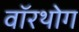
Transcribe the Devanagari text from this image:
वॉरथोग